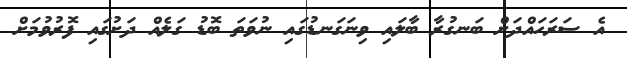
އެ ސަރަހައްދަށް ބަނގުރާ ބާލައި ވިނަގަނޑުގައި ނުވަތަ ބޮޑު ގަލެއް ދަށުގައި ފޮރުވުމަށް